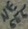
Text: NE555